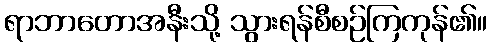
ရာဘာတောအနီးသို့ သွားရန်စီစဉ်ကြကုန်၏။